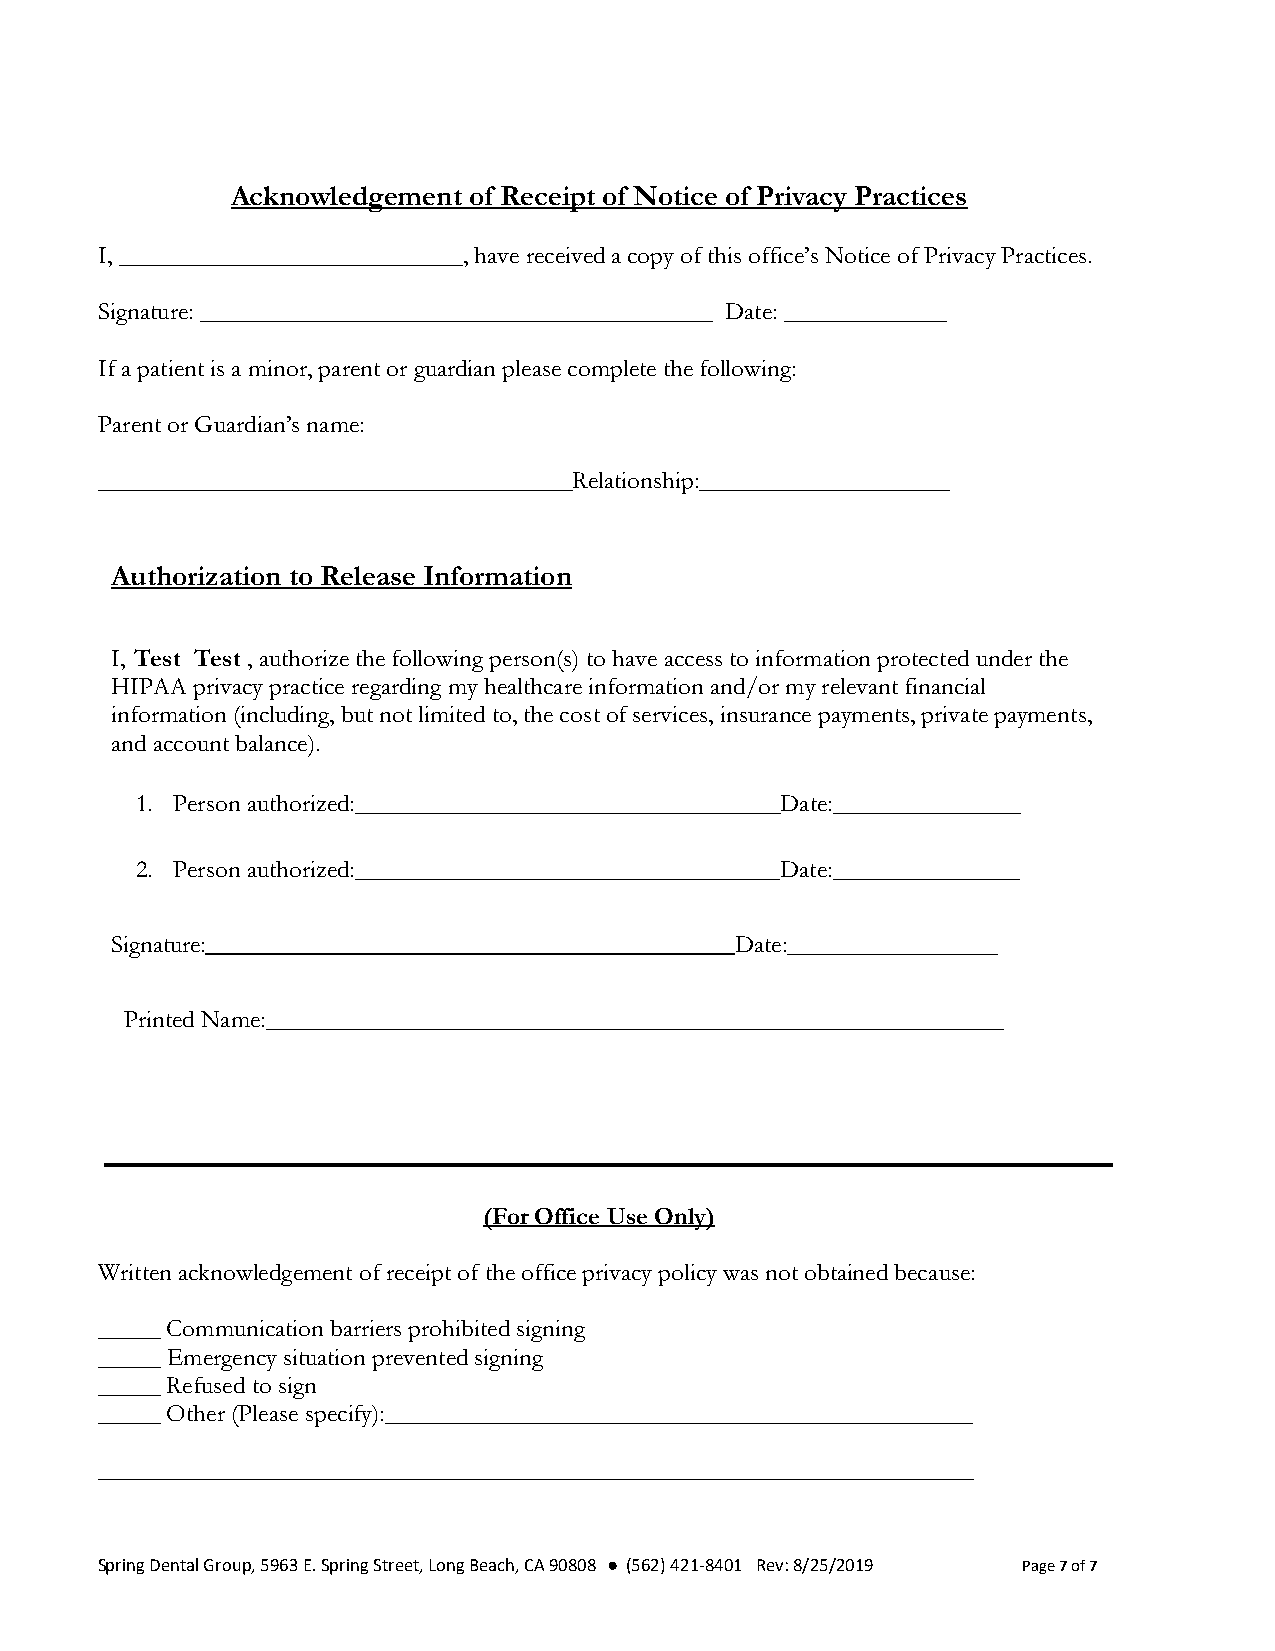
Acknowledgement of Receipt of Notice of Privacy Practices
 I, ______________________________, have received a copy of this office’s Notice of Privacy Practices.
 Signature: _________________________________________ Date: _____________
 If a patient is a minor, parent or guardian please complete the following:
 Parent or Guardian’s name:
 ______________________________________Relationship:____________________
 Authorization to Release Information
 I, Test Test , authorize the following person(s) to have access to information protected under the
 HIPAA privacy practice regarding my healthcare information and/or my relevant financial
 information (including, but not limited to, the cost of services, insurance payments, private payments,
 and account balance).
 1. Person authorized:__________________________________Date:_______________
 2. Person authorized:__________________________________Date:_______________
 Signature:                                Date:_________________
 Printed Name:___________________________________________________________
 (For Office Use Only)
 Written acknowledgement of receipt of the office privacy policy was not obtained because:
 _____ Communication barriers prohibited signing
 _____ Emergency situation prevented signing
 _____ Refused to sign
 _____ Other (Please specify):_______________________________________________
 ______________________________________________________________________
 Spring Dental Group, 5963 E. Spring Street, Long Beach, CA 90808 ● (562) 421-8401 Rev: 8/25/2019 Page 7 of 7